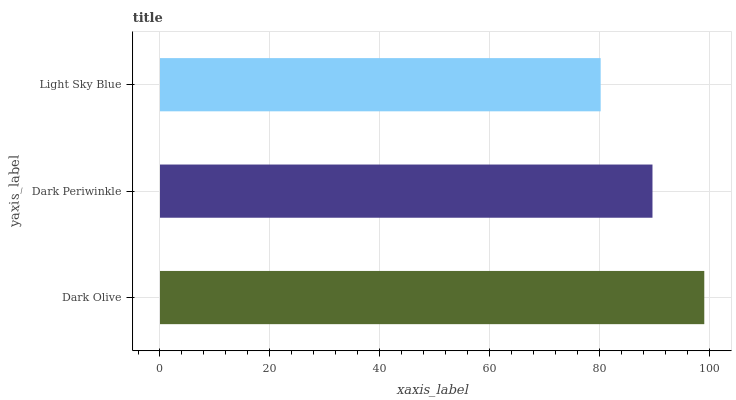
| yaxis_label | bars |
 | --- | --- |
 | Dark Olive | 99 |
 | Dark Periwinkle | 89.6 |
 | Light Sky Blue | 80.2 |